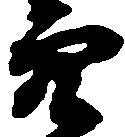
穴